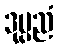
ဒုပ္ပညံ